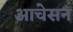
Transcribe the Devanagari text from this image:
आचेसन